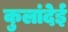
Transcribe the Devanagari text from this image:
कुलांदेई